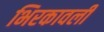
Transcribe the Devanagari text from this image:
भिरकावली